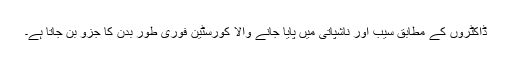
ڈاکٹروں کے مطابق سیب اور ناشپاتی میں پایا جانے والا کورسٹین فوری طور بدن کا جزو بن جاتا ہے۔